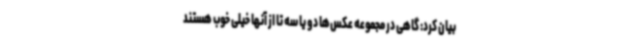
بیان کرد: گاهی در مجموعه عکس‌ها دو یا سه تا از آنها خیلی خوب هستند